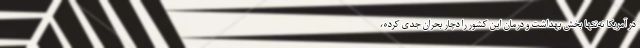
در آمریکا نه‌تنها بخش بهداشت و درمان این کشور را دچار بحران جدی کرده،